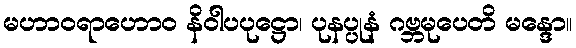
မဟာဝရာဟောဝ နိဝါပပုဋ္ဌော၊ ပုနပ္ပုနံ ဂဗ္ဘမုပေတိ မန္ဒော။